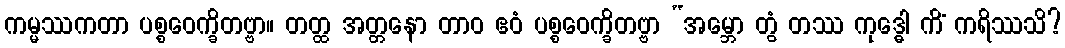
ကမ္မဿကတာ ပစ္စဝေက္ခိတဗ္ဗာ။ တတ္ထ အတ္တနော တာဝ ဧဝံ ပစ္စဝေက္ခိတဗ္ဗာ “အမ္ဘော တွံ တဿ ကုဒ္ဓေါ ကိံ ကရိဿသိ?